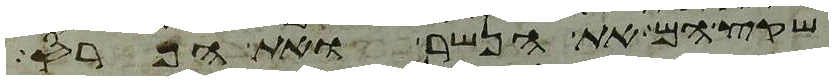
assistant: שקץ הם את הנשר ואת הפרס